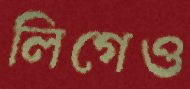
লিগেও